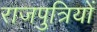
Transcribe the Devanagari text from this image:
राजपुत्रियों